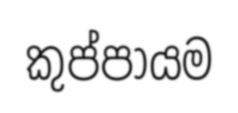
කුප්පායම